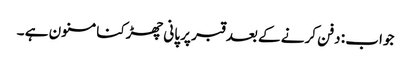
جواب : دفن کرنے کے بعد قبر پر پانی چھڑکنا مسنون ہے ۔